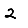
Digit: 2